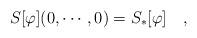
LaTeX: \begin{align*}S[\varphi](0,\cdots,0)=S_*[\varphi]\quad,\end{align*}